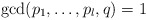
\begin{align*}\gcd(p_1, \dots, p_l, q) = 1\end{align*}